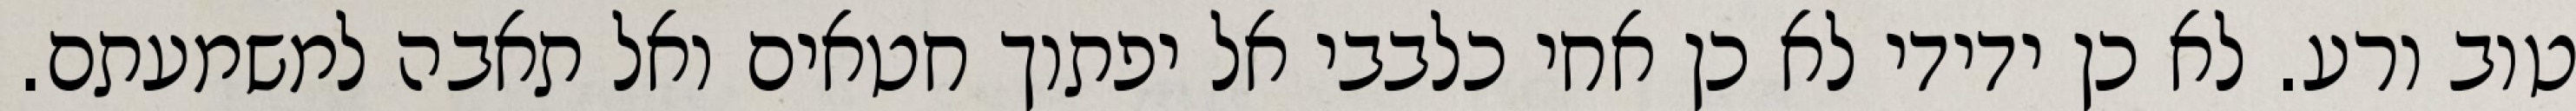
טוב ורע. לא כן ידידי לא כן אחי כלבבי אל יפתוך חטאים ואל תאבה למשמעתם.